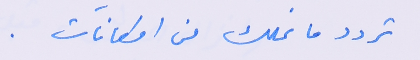
تردد ما نملك من امكانات.